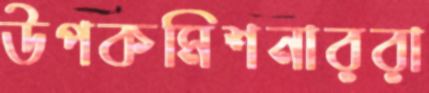
উপকমিশনাররা